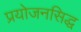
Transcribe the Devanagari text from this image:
प्रयोजनसिद्ध